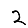
Digit: 2